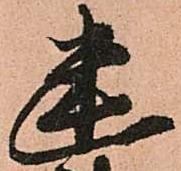
幽